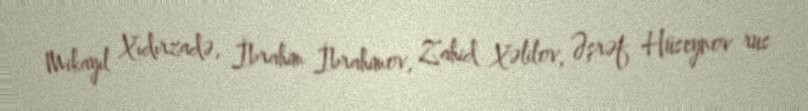
Mikayıl Xıdırzadə, İbrahim İbrahimov, Zahid Xəlilov, Əşrəf Hüseynov rus